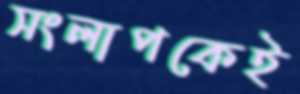
সংলাপকেই